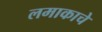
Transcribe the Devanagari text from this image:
लमाकाचे